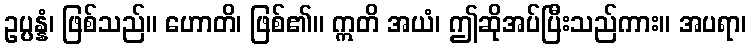
ဥပ္ပန္နံ၊ ဖြစ်သည်။ ဟောတိ၊ ဖြစ်၏။ ဣတိ အယံ၊ ဤဆိုအပ်ပြီးသည်ကား။ အပရာ၊